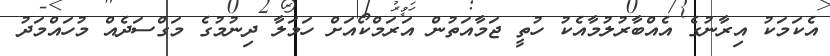
އެކަމަކު އިރާނުގެ އެއްބާރުލުމާއެކު ހުތީ ޖަމާއަތުން އަރަމްކޯއަށް ހަމަލާ ދިނުމުގެ މަގްސަދެއް މުހައްމަދު